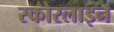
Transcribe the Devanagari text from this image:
स्कोरलाइन